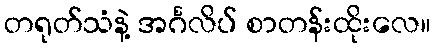
တရုတ်သံနဲ့ အင်္ဂလိပ် စာတန်းထိုးလေ။